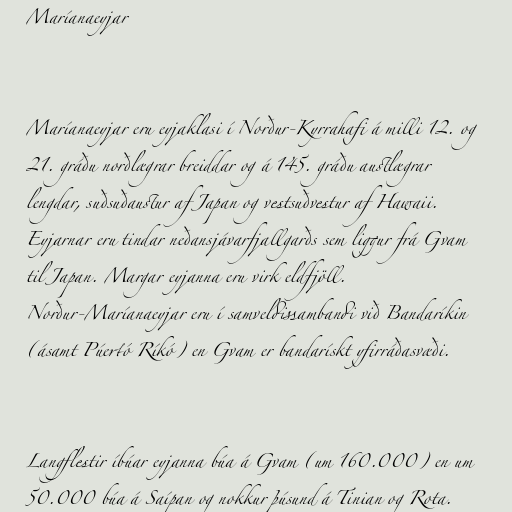
Maríanaeyjar

Maríanaeyjar eru eyjaklasi í Norður-Kyrrahafi á milli 12. og
21. gráðu norðlægrar breiddar og á 145. gráðu austlægrar
lengdar, suðsuðaustur af Japan og vestsuðvestur af Hawaii.
Eyjarnar eru tindar neðansjávarfjallgarðs sem liggur frá Gvam
til Japan. Margar eyjanna eru virk eldfjöll.
Norður-Maríanaeyjar eru í samveldissambandi við Bandaríkin
(ásamt Púertó Ríkó) en Gvam er bandarískt yfirráðasvæði.

Langflestir íbúar eyjanna búa á Gvam (um 160.000) en um
50.000 búa á Saípan og nokkur þúsund á Tinian og Rota.